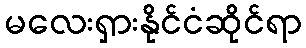
မလေးရှားနိုင်ငံဆိုင်ရာ